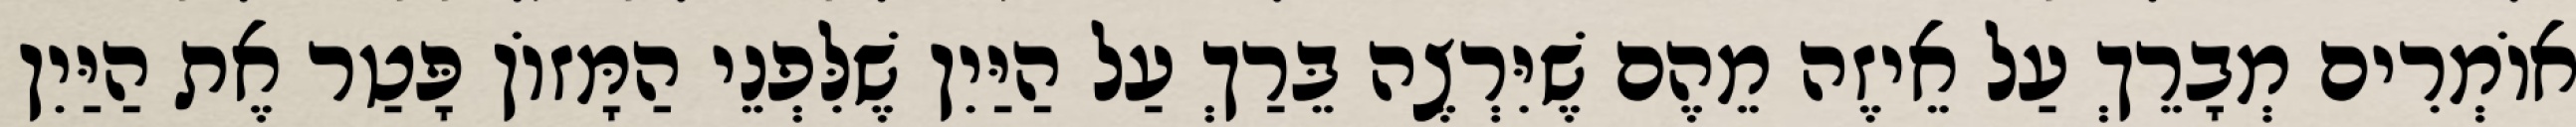
אוֹמְרִים מְבָרֵךְ עַל אֵיזֶה מֵהֶם שֶׁיִּרְצֶה בֵּרַךְ עַל הַיַּיִן שֶׁלִּפְנֵי הַמָּזוֹן פָּטַר אֶת הַיַּיִן